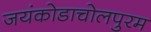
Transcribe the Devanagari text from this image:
जयंकोडाचोलपुरम